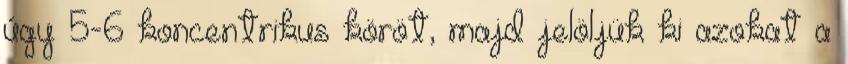
úgy 5-6 koncentrikus köröt, majd jelöljük ki azokat a